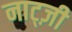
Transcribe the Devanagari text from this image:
नाट्ज़ी